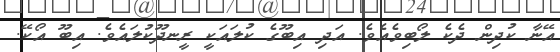
އޭނާ ކުދިން ދެކެ ލޯބިވެއެވެ. އަދި އިބޫގެ ކުލައަކީ ރީނދޫކުލައެވެ. އިބޫ އޯކޭ.